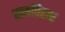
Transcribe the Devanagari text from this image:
राजविहार